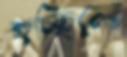
হচ্ছিলো